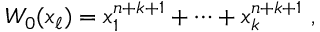
W _ { 0 } ( x _ { \ell } ) = x _ { 1 } ^ { n + k + 1 } + \cdots + x _ { k } ^ { n + k + 1 } ~ ,